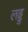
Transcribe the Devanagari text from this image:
लड्डु